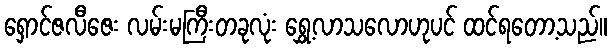
ရှောင်ဇလီဇေး လမ်းမကြီးတခုလုံး ရွှေ့လာသလောဟုပင် ထင်ရတော့သည်။